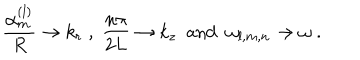
LaTeX: \frac { \alpha _ { m } ^ { ( l ) } } R \to k _ { r } \; , \; \frac { n \pi } { 2 L } \to k _ { z } \; \mathrm { ~ a n d ~ } \; \omega _ { l , m , n } \to \omega \; .